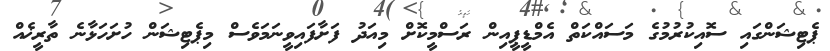
ޕެޓިޝަންގައި ސޮއިކުރުމުގެ މަސައްކަތް އެމްޑީޕީއިން ރަސްމީކޮށް މިއަދު ފަށާފައިވީނަމަވެސް މިޕެޓިޝަން ހުށަހަޅާނެ ތާރީޚެއް